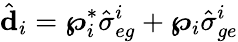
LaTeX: \hat{\mathbf{d}}_{i}=\boldsymbol{\wp}_{i}^{*}\hat{\sigma}_{eg}^{i}+\boldsymbol{\wp}_{i}\hat{\sigma}_{ge}^{i}